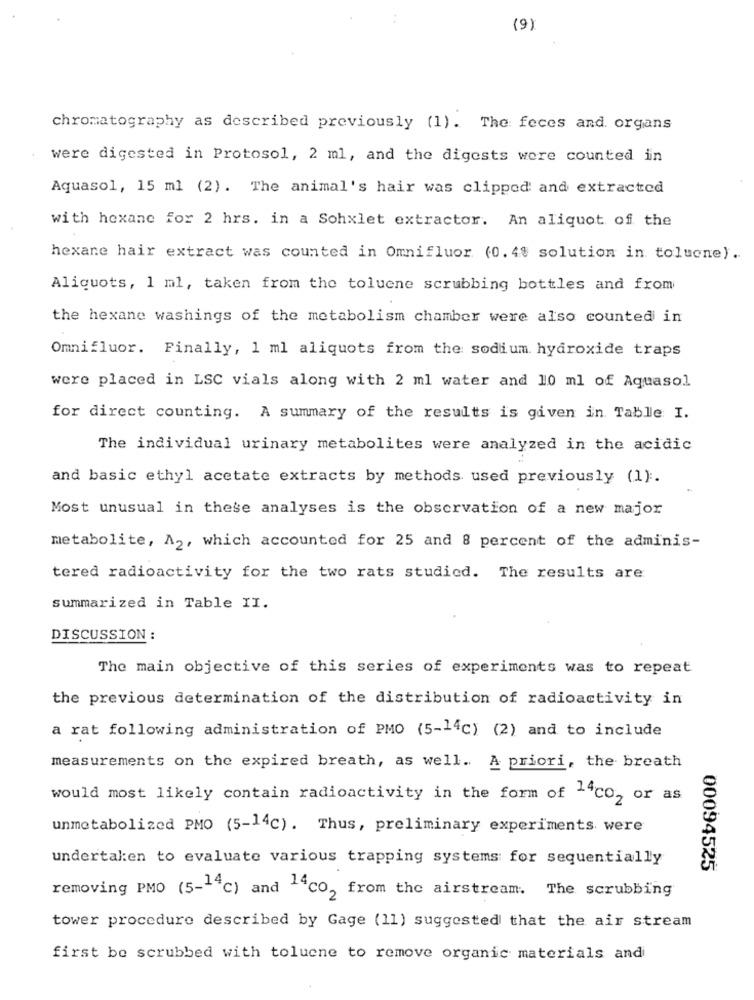
(9)
chromatography as described previously (1). The feces and. organs
were digested in Protosol, 2 ml, and the digests were counted in
Aquasol, 15 ml (2). The animal's hair was clipped and extracted
with hexane for 2 hrs. in a Sohxlet extractor. An aliquot of the
hexane hair extract was counted in Omnifluor (0.4% solution in toluene).
Aliquots, 1 ml, taken from the toluene scrubbing bottles and from
the hexane washings of the metabolism chamber were also counted in
Omnifluor. Finally, 1 ml aliquots from the sodium hydroxide traps
were placed in LSC vials along with 2 ml water and 10 ml of Aquasol
for direct counting. A summary of the results is given in Table I.
The individual urinary metabolites were analyzed in the acidic
and basic ethyl acetate extracts by methods used previously (1) :.
Most unusual in these analyses is the observation of a new major
metabolite, A2, which accounted for 25 and 8 percent of the adminis-
tered radioactivity for the two rats studied. The results are
summarized in Table II.
DISCUSSION :
The main objective of this series of experiments was to repeat
the previous determination of the distribution of radioactivity in
a rat following administration of PMO (5-14c) (2) and to include
measurements on the expired breath, as well. A priori, the breath
would most likely contain radioactivity in the form of 14co2 or as
unmetabolized PMO (5-14c). Thus, preliminary experiments were
undertaken to evaluate various trapping systems for sequentially
00094525
removing PMO (5-""C) and ""CO, from the airstream. The scrubbing
tower procedure described by Gage (11) suggested that the air stream
first be scrubbed with toluene to remove organic materials andi